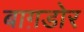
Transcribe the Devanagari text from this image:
बाग़डोर